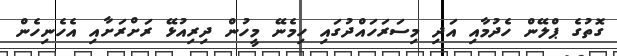
ގޮތުގެ ޕްލޭން ހެދުމާއި އަދި މިސަރަހައްދުގައި ހިމެނޭ މީހުން ދިރިއުޅޭ ރަށްރަށާއި އެހެނިހެން